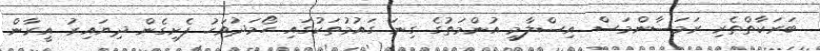
ބަރަކާތްތެރި ރަމަޟާންމަސް އިސްލާމީ އުންމަތުގެ ގިނަ ގައުމުތަކުގައި ހޯމަދުވަހު ފެށިގެން ދިޔައިރު އީރާން